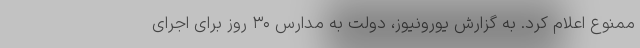
ممنوع اعلام کرد. به گزارش یورونیوز، دولت به مدارس ۳۰ روز برای اجرای